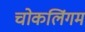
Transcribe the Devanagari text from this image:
चोकलिंगम